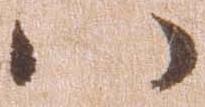
い